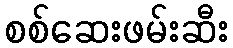
စစ်ဆေးဖမ်းဆီး